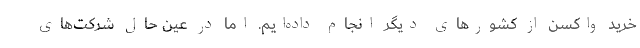
خرید واکسن از کشورهای دیگر انجام داده‌ایم. اما در عین حال شرکت‌های